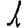
Digit: 1